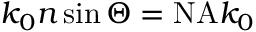
k _ { 0 } n \sin \Theta = \mathrm { N A } k _ { 0 }